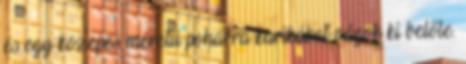
és egy közepes méretű pohárra karikákat vágok ki belőle.